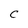
Character: C